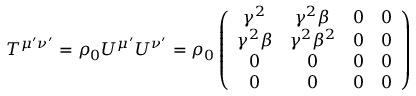
T ^ { \mu ^ { \prime } \nu ^ { \prime } } = \rho _ { 0 } U ^ { \mu ^ { \prime } } U ^ { \nu ^ { \prime } } = \rho _ { 0 } \left( \begin{array} { c c c c } { \gamma ^ { 2 } } & { \gamma ^ { 2 } \beta } & { 0 } & { 0 } \\ { \gamma ^ { 2 } \beta } & { \gamma ^ { 2 } \beta ^ { 2 } } & { 0 } & { 0 } \\ { 0 } & { 0 } & { 0 } & { 0 } \\ { 0 } & { 0 } & { 0 } & { 0 } \end{array} \right)